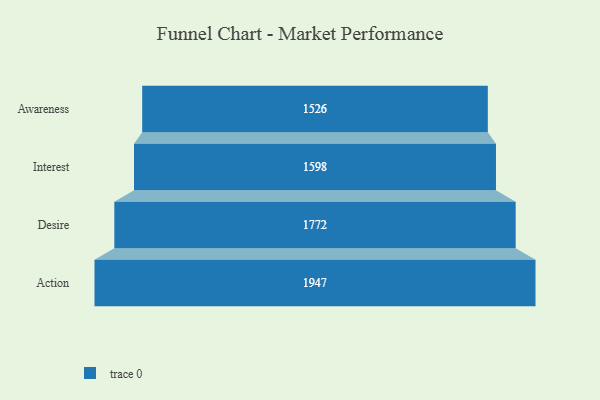
{"axis": {"x": "Stage", "y": "Value"}, "legend": [""], "data": [{"x": "Awareness", "y": 1526.0, "type": ""}, {"x": "Interest", "y": 1598.0, "type": ""}, {"x": "Desire", "y": 1772.0, "type": ""}, {"x": "Action", "y": 1947.0, "type": ""}]}